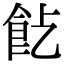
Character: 𩚋